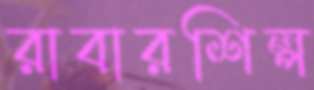
রাবারশিল্প